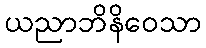
ယညာဘိနိဝေသာ